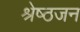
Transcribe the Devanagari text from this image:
श्रेष्‍ठजन